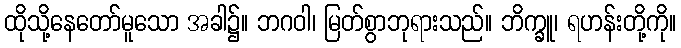
ထိုသို့နေတော်မူသော အခါ၌။ ဘဂဝါ၊ မြတ်စွာဘုရားသည်။ ဘိက္ခူ၊ ရဟန်းတို့ကို။